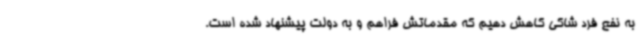
به نفع فرد شاکی کاهش دهیم که مقدماتش فراهم و به دولت پیشنهاد شده است.